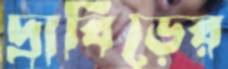
দ্রাবিড়ের